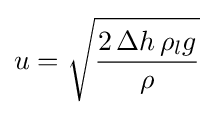
u={\sqrt {\frac {2\,\Delta h\,\rho _{l}g}{\rho }}}